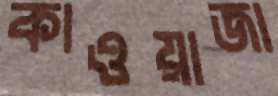
কাওয়াজা